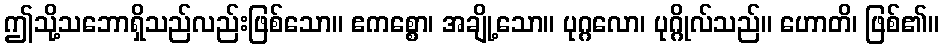
ဤသို့သဘောရှိသည်လည်းဖြစ်သော။ ဧကစ္စော၊ အချို့သော။ ပုဂ္ဂလော၊ ပုဂ္ဂိုလ်သည်။ ဟောတိ၊ ဖြစ်၏။